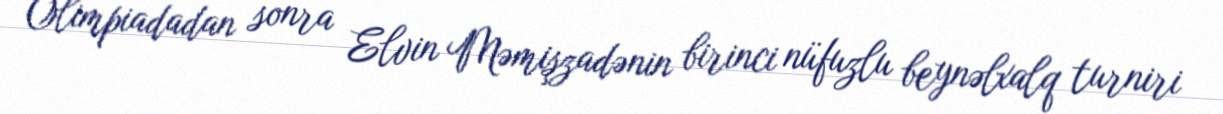
Olimpiadadan sonra Elvin Məmişzadənin birinci nüfuzlu beynəlxalq turniri